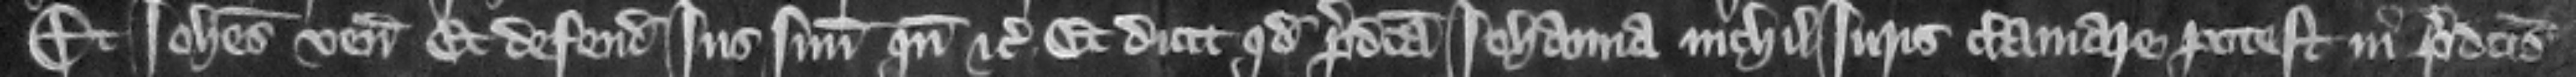
Et Iohannes venit et defendit ius suum quando etc. Et dicit quod predicta Iohanna nichil iuris clamare potest in predictis